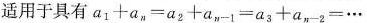
适用于 $$a_{1}+a_{n}=a_{2}+a_{n-1}=a_{3}+a_{n-2}=$$ …